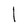
Character: l